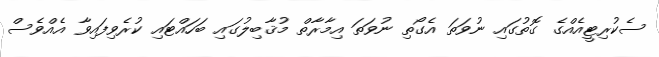
ސެކުރިޓީއެއްގެ ގޮތުގައި ނުވަތަ އެގޯތި ނުވަތަ އިމާރާތް މުޤާބިލުގައި ބަހައްޓައި ކުރެވިފައިވާ އެއްވެސް